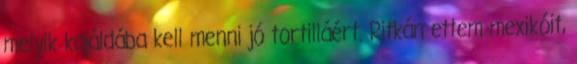
melyik kajáldába kell menni jó tortilláért. Ritkán ettem mexikóit,